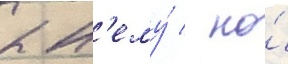
к н'ему́ / но́